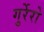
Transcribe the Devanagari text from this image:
गुर्रेरो